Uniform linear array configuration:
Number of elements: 8
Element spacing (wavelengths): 0.5
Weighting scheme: hann
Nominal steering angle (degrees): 45
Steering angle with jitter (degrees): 46.902
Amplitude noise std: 0.05
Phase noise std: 0.05

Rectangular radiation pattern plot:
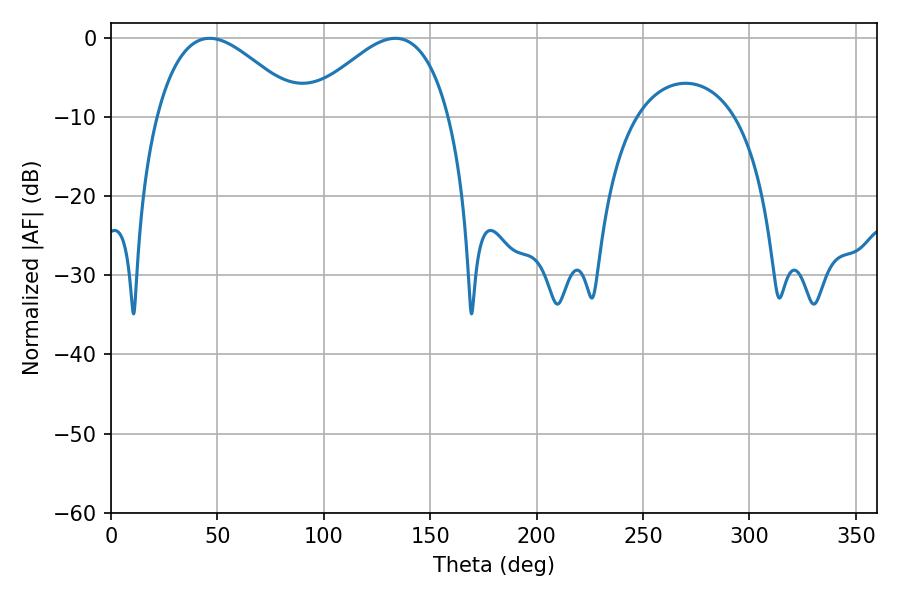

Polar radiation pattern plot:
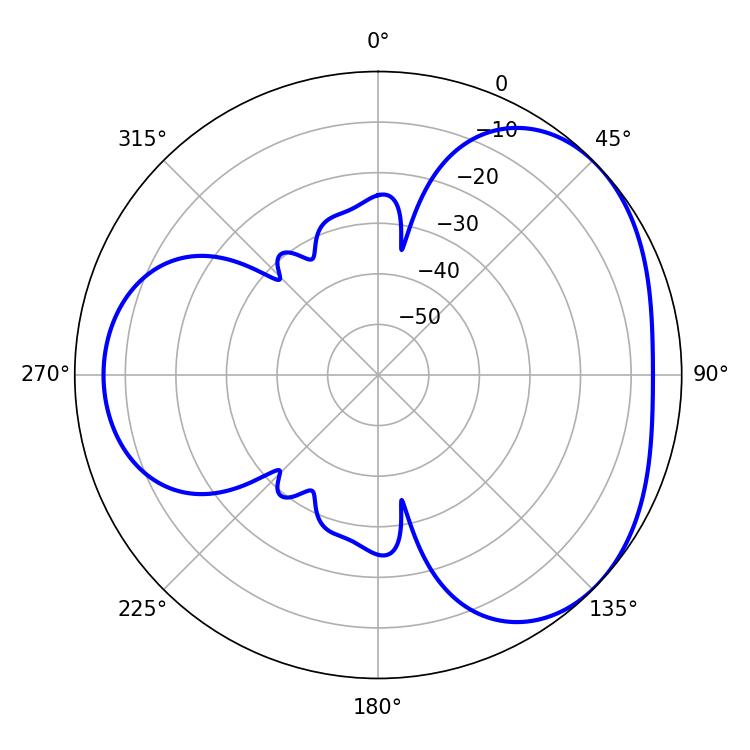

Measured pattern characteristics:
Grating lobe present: FALSE
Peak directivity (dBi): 3.527
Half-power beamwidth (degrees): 36.72
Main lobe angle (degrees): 46.44